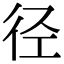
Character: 径